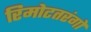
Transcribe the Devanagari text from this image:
रिमोटतरंगों